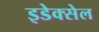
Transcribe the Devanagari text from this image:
इडेक्सेल